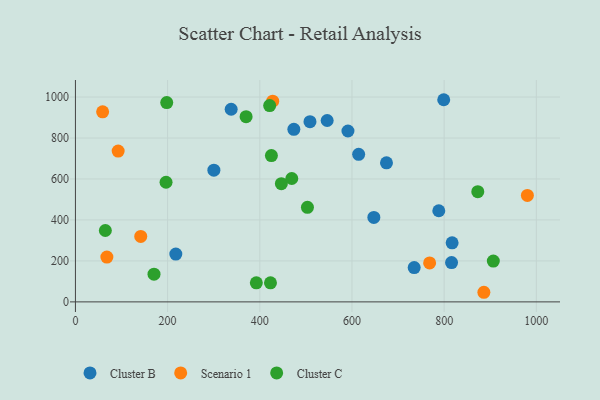
{"axis": {"x": "Experience", "y": "Yield"}, "legend": ["Cluster B", "Cluster C", "Scenario 1"], "data": [{"x": "799.1", "y": 987.0, "type": "Cluster B"}, {"x": "735.0", "y": 167.5, "type": "Cluster B"}, {"x": "816.1", "y": 191.8, "type": "Cluster B"}, {"x": "647.5", "y": 412.5, "type": "Cluster B"}, {"x": "473.9", "y": 842.4, "type": "Cluster B"}, {"x": "788.4", "y": 444.9, "type": "Cluster B"}, {"x": "817.3", "y": 288.2, "type": "Cluster B"}, {"x": "508.9", "y": 879.6, "type": "Cluster B"}, {"x": "614.5", "y": 720.4, "type": "Cluster B"}, {"x": "337.9", "y": 940.4, "type": "Cluster B"}, {"x": "591.3", "y": 834.2, "type": "Cluster B"}, {"x": "300.4", "y": 643.1, "type": "Cluster B"}, {"x": "546.2", "y": 885.6, "type": "Cluster B"}, {"x": "217.8", "y": 233.3, "type": "Cluster B"}, {"x": "674.9", "y": 679.0, "type": "Cluster B"}, {"x": "980.6", "y": 520.0, "type": "Scenario 1"}, {"x": "59.0", "y": 927.9, "type": "Scenario 1"}, {"x": "886.2", "y": 46.9, "type": "Scenario 1"}, {"x": "92.7", "y": 736.2, "type": "Scenario 1"}, {"x": "141.7", "y": 319.7, "type": "Scenario 1"}, {"x": "428.0", "y": 980.1, "type": "Scenario 1"}, {"x": "68.2", "y": 218.8, "type": "Scenario 1"}, {"x": "768.5", "y": 190.1, "type": "Scenario 1"}, {"x": "392.5", "y": 93.1, "type": "Cluster C"}, {"x": "198.1", "y": 973.0, "type": "Cluster C"}, {"x": "64.9", "y": 348.4, "type": "Cluster C"}, {"x": "906.7", "y": 199.0, "type": "Cluster C"}, {"x": "446.8", "y": 577.1, "type": "Cluster C"}, {"x": "196.6", "y": 584.0, "type": "Cluster C"}, {"x": "421.4", "y": 958.4, "type": "Cluster C"}, {"x": "469.4", "y": 602.4, "type": "Cluster C"}, {"x": "873.0", "y": 538.0, "type": "Cluster C"}, {"x": "503.4", "y": 461.7, "type": "Cluster C"}, {"x": "425.2", "y": 714.2, "type": "Cluster C"}, {"x": "170.5", "y": 135.3, "type": "Cluster C"}, {"x": "423.2", "y": 93.1, "type": "Cluster C"}, {"x": "370.3", "y": 904.0, "type": "Cluster C"}]}